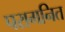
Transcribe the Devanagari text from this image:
परागनित